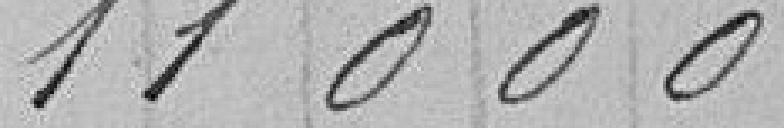
11000